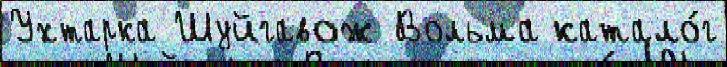
Ухтарка Шуйгавож Вольма катало́г